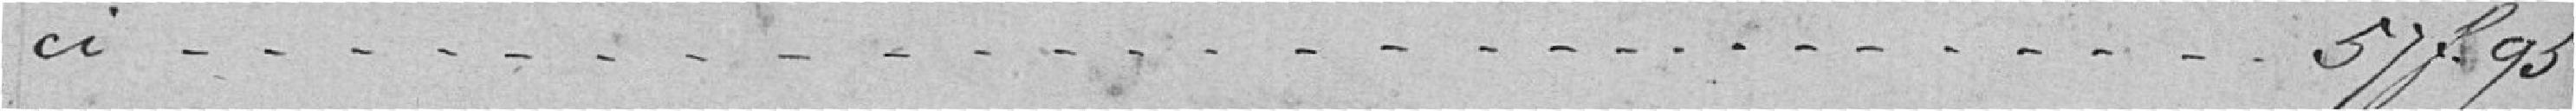
ci . . . . . . . . . . . . . . . . . . . . . . . . . . . 27 francs 95 centimes